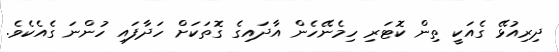
ދިރިއުޅޭ ގެއަކީ ތިން ކޮޓަރި ހިމެނޭހެން އާދައިގެ ގޮތަކަށް ހަދާފައި ހުންނަ ގެއެކެވެ.